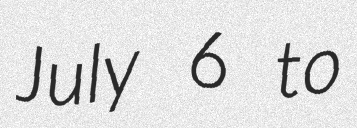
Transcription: July 6 to